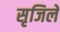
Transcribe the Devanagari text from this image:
सृजिले